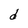
Character: d